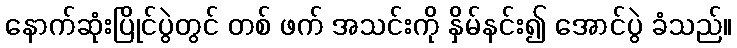
နောက်ဆုံးပြိုင်ပွဲတွင် တစ် ဖက် အသင်းကို နှိမ်နင်း၍ အောင်ပွဲ ခံသည်။